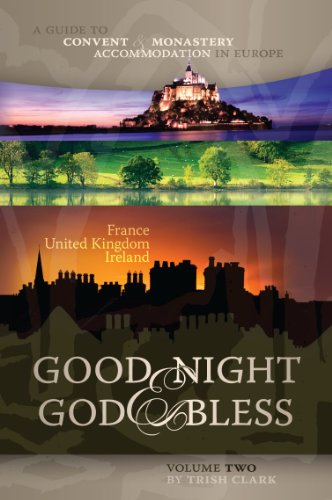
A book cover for Good Night & God Bless [II]: A Guide to Convent & Monastery Accommodation in Europe - Volume Two: France, United Kingdom, and Ireland (Good Night & ... Convent & Monastery Accommodation in Europe); Trish Clark; Travel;